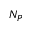
N _ { P }